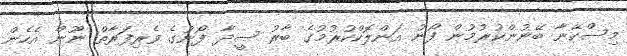
މިސްކޭނާ ބޭނުންކުރުމުން ފޯނު އަންލޮކްކުރުމުގެ ބާރު ސީދާ ފޯނުގެ ވެރިފަރާތް ނޫން އެހެން